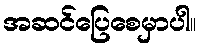
အဆင်ပြေစေမှာပါ။